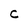
Character: C